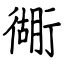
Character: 衚